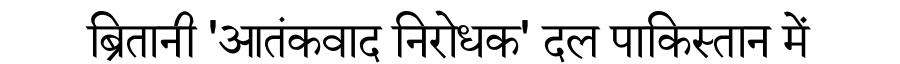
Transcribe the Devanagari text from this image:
ब्रितानी 'आतंकवाद निरोधक' दल पाकिस्तान में